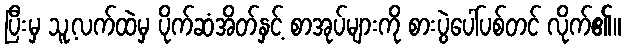
ပြီးမှ သူ့လက်ထဲမှ ပိုက်ဆံအိတ်နှင့် စာအုပ်များကို စားပွဲပေါ်ပစ်တင် လိုက်၏။